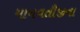
માયવતીજીના